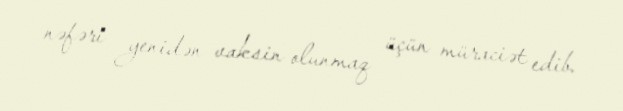
nəfəri yenidən vaksin olunmaq üçün müraciət edib.